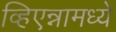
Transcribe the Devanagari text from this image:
व्हिएन्नामध्ये